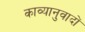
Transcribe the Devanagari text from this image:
काव्यानुवादों